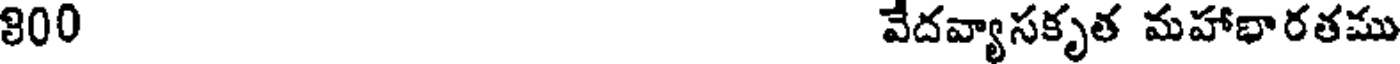
800 వేదవ్యాసకృత మహాభారతము